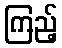
ကြည့်